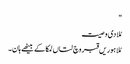
"
مُلا دی وصیت
مُلا ہوریں قبر وچ لتاں لمکا کے بیٹھے ہان۔